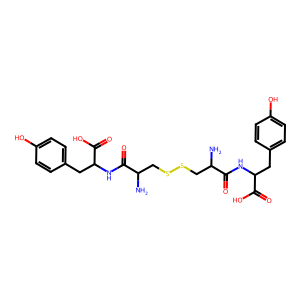
SMILES: NC(CSSCC(N)C(=O)NC(Cc1ccc(O)cc1)C(=O)O)C(=O)NC(Cc1ccc(O)cc1)C(=O)O
Inhibits HIV replication: No